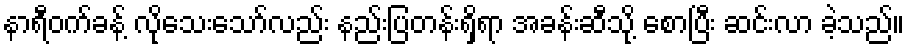
နာရီဝက်ခန့် လိုသေးသော်လည်း နည်းပြတန်းရှိရာ အခန်းဆီသို့ စောပြီး ဆင်းလာ ခဲ့သည်။